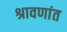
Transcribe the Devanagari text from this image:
श्रावणांत